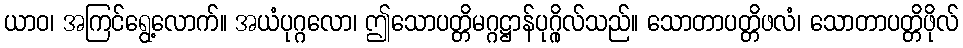
ယာဝ၊ အကြင်ရွေ့လောက်။ အယံပုဂ္ဂလော၊ ဤသောပတ္တိမဂ္ဂဋ္ဌာန်ပုဂ္ဂိုလ်သည်။ သောတာပတ္တိဖလံ၊ သောတာပတ္တိဖိုလ်